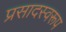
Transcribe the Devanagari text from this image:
प्रसादस्‍वरूप